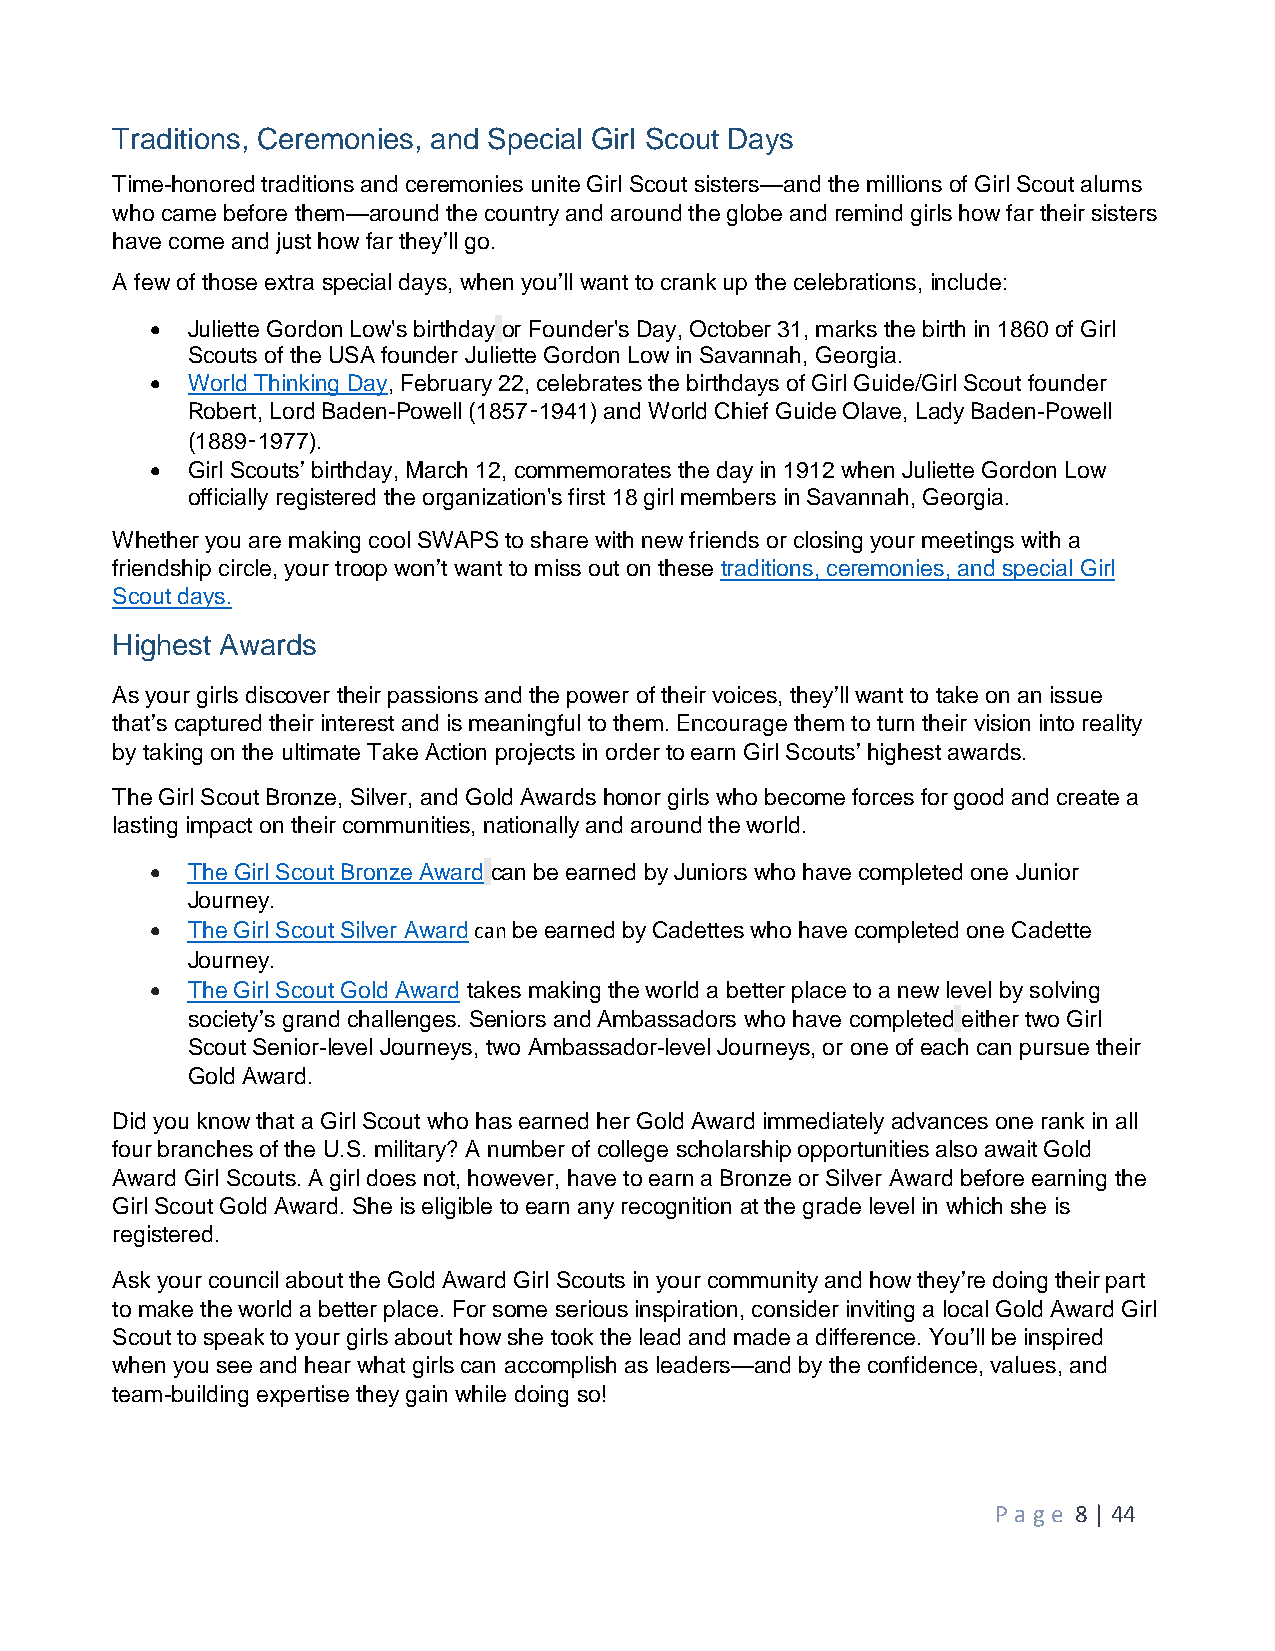
Traditions, Ceremonies, and Special Girl Scout Days
 Time-honored traditions and ceremonies unite Girl Scout sisters—and the millions of Girl Scout alums
 who came before them—around the country and around the globe and remind girls how far their sisters
 have come and just how far they’ll go.
 A few of those extra special days, when you’ll want to crank up the celebrations, include:
  Juliette Gordon Low's birthday or Founder's Day, October 31, marks the birth in 1860 of Girl
 Scouts of the USA founder Juliette Gordon Low in Savannah, Georgia.
  World Thinking Day, February 22, celebrates the birthdays of Girl Guide/Girl Scout founder
 Robert, Lord Baden-Powell (1857–1941) and World Chief Guide Olave, Lady Baden-Powell
 (1889–1977).
  Girl Scouts’ birthday, March 12, commemorates the day in 1912 when Juliette Gordon Low
 officially registered the organization's first 18 girl members in Savannah, Georgia.
 Whether you are making cool SWAPS to share with new friends or closing your meetings with a
 friendship circle, your troop won’t want to miss out on these traditions, ceremonies, and special Girl
 Scout days.
 Highest Awards
 As your girls discover their passions and the power of their voices, they’ll want to take on an issue
 that’s captured their interest and is meaningful to them. Encourage them to turn their vision into reality
 by taking on the ultimate Take Action projects in order to earn Girl Scouts’ highest awards.
 The Girl Scout Bronze, Silver, and Gold Awards honor girls who become forces for good and create a
 lasting impact on their communities, nationally and around the world.
  The Girl Scout Bronze Award can be earned by Juniors who have completed one Junior
 Journey.
  The Girl Scout Silver Award can be earned by Cadettes who have completed one Cadette
 Journey.
  The Girl Scout Gold Award takes making the world a better place to a new level by solving
 society’s grand challenges. Seniors and Ambassadors who have completed either two Girl
 Scout Senior-level Journeys, two Ambassador-level Journeys, or one of each can pursue their
 Gold Award.
 Did you know that a Girl Scout who has earned her Gold Award immediately advances one rank in all
 four branches of the U.S. military? A number of college scholarship opportunities also await Gold
 Award Girl Scouts. A girl does not, however, have to earn a Bronze or Silver Award before earning the
 Girl Scout Gold Award. She is eligible to earn any recognition at the grade level in which she is
 registered.
 Ask your council about the Gold Award Girl Scouts in your community and how they’re doing their part
 to make the world a better place. For some serious inspiration, consider inviting a local Gold Award Girl
 Scout to speak to your girls about how she took the lead and made a difference. You’ll be inspired
 when you see and hear what girls can accomplish as leaders—and by the confidence, values, and
 team-building expertise they gain while doing so!
 P age 8 | 44